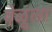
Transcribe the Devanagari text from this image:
वेळूला